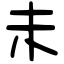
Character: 未